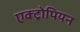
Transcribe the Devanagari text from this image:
एक्ट्रोपियन